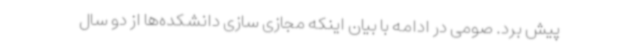
پیش برد. صومی در ادامه با بیان اینکه مجازی سازی دانشکده‌ها از دو سال